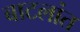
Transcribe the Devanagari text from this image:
बाटलांत